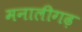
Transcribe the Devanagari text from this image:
मनालीगढ़